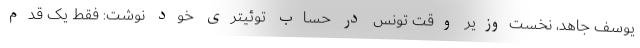
یوسف جاهد، نخست‌وزیر وقت تونس در حساب توئیتری خود نوشت: فقط یک قدم